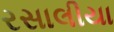
રસાલીયા